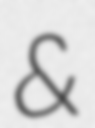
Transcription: &